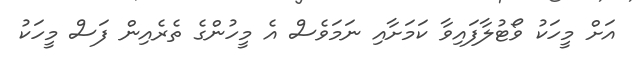
އަށް މީހަކު ވޯޓުލާފައިވާ ކަމަށާއި ނަމަވެސް އެ މީހުންގެ ތެރެއިން ފަސް މީހަކު